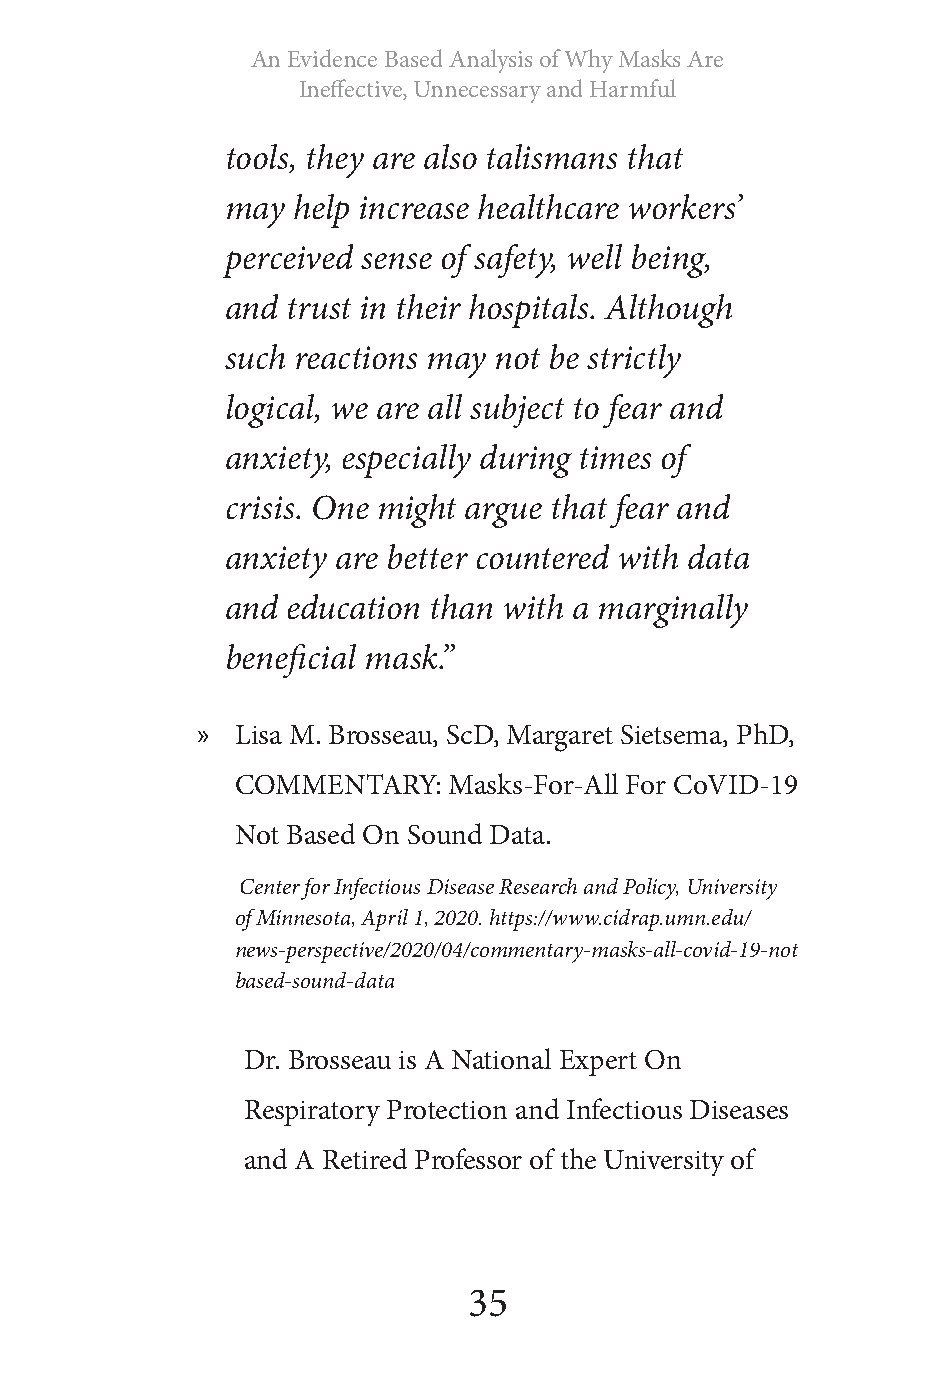
An Evidence Based Analysis of Why Masks Are
 Ineffective, Unnecessary and Harmful
 tools, they are also talismans that
 may help increase healthcare workers’
 perceived sense of safety, well being,
 and trust in their hospitals. Although
 such reactions may not be strictly
 logical, we are all subject to fear and
 anxiety, especially during times of
 crisis. One might argue that fear and
 anxiety are better countered with data
 and education than with a marginally
 beneficial mask.”
 »  Lisa M. Brosseau, ScD, Margaret Sietsema, PhD,
 COMMENTARY:   Masks-For-All For CoVID-19
 Not Based On Sound Data.
 Center for Infectious Disease Research and Policy, University
 of Minnesota, April 1, 2020. https://www.cidrap.umn.edu/
 news-perspective/2020/04/commentary-masks-all-covid-19-not
 based-sound-data
 Dr. Brosseau is A National Expert On
 Respiratory Protection and Infectious Diseases
 and A Retired Professor of the University of
 35